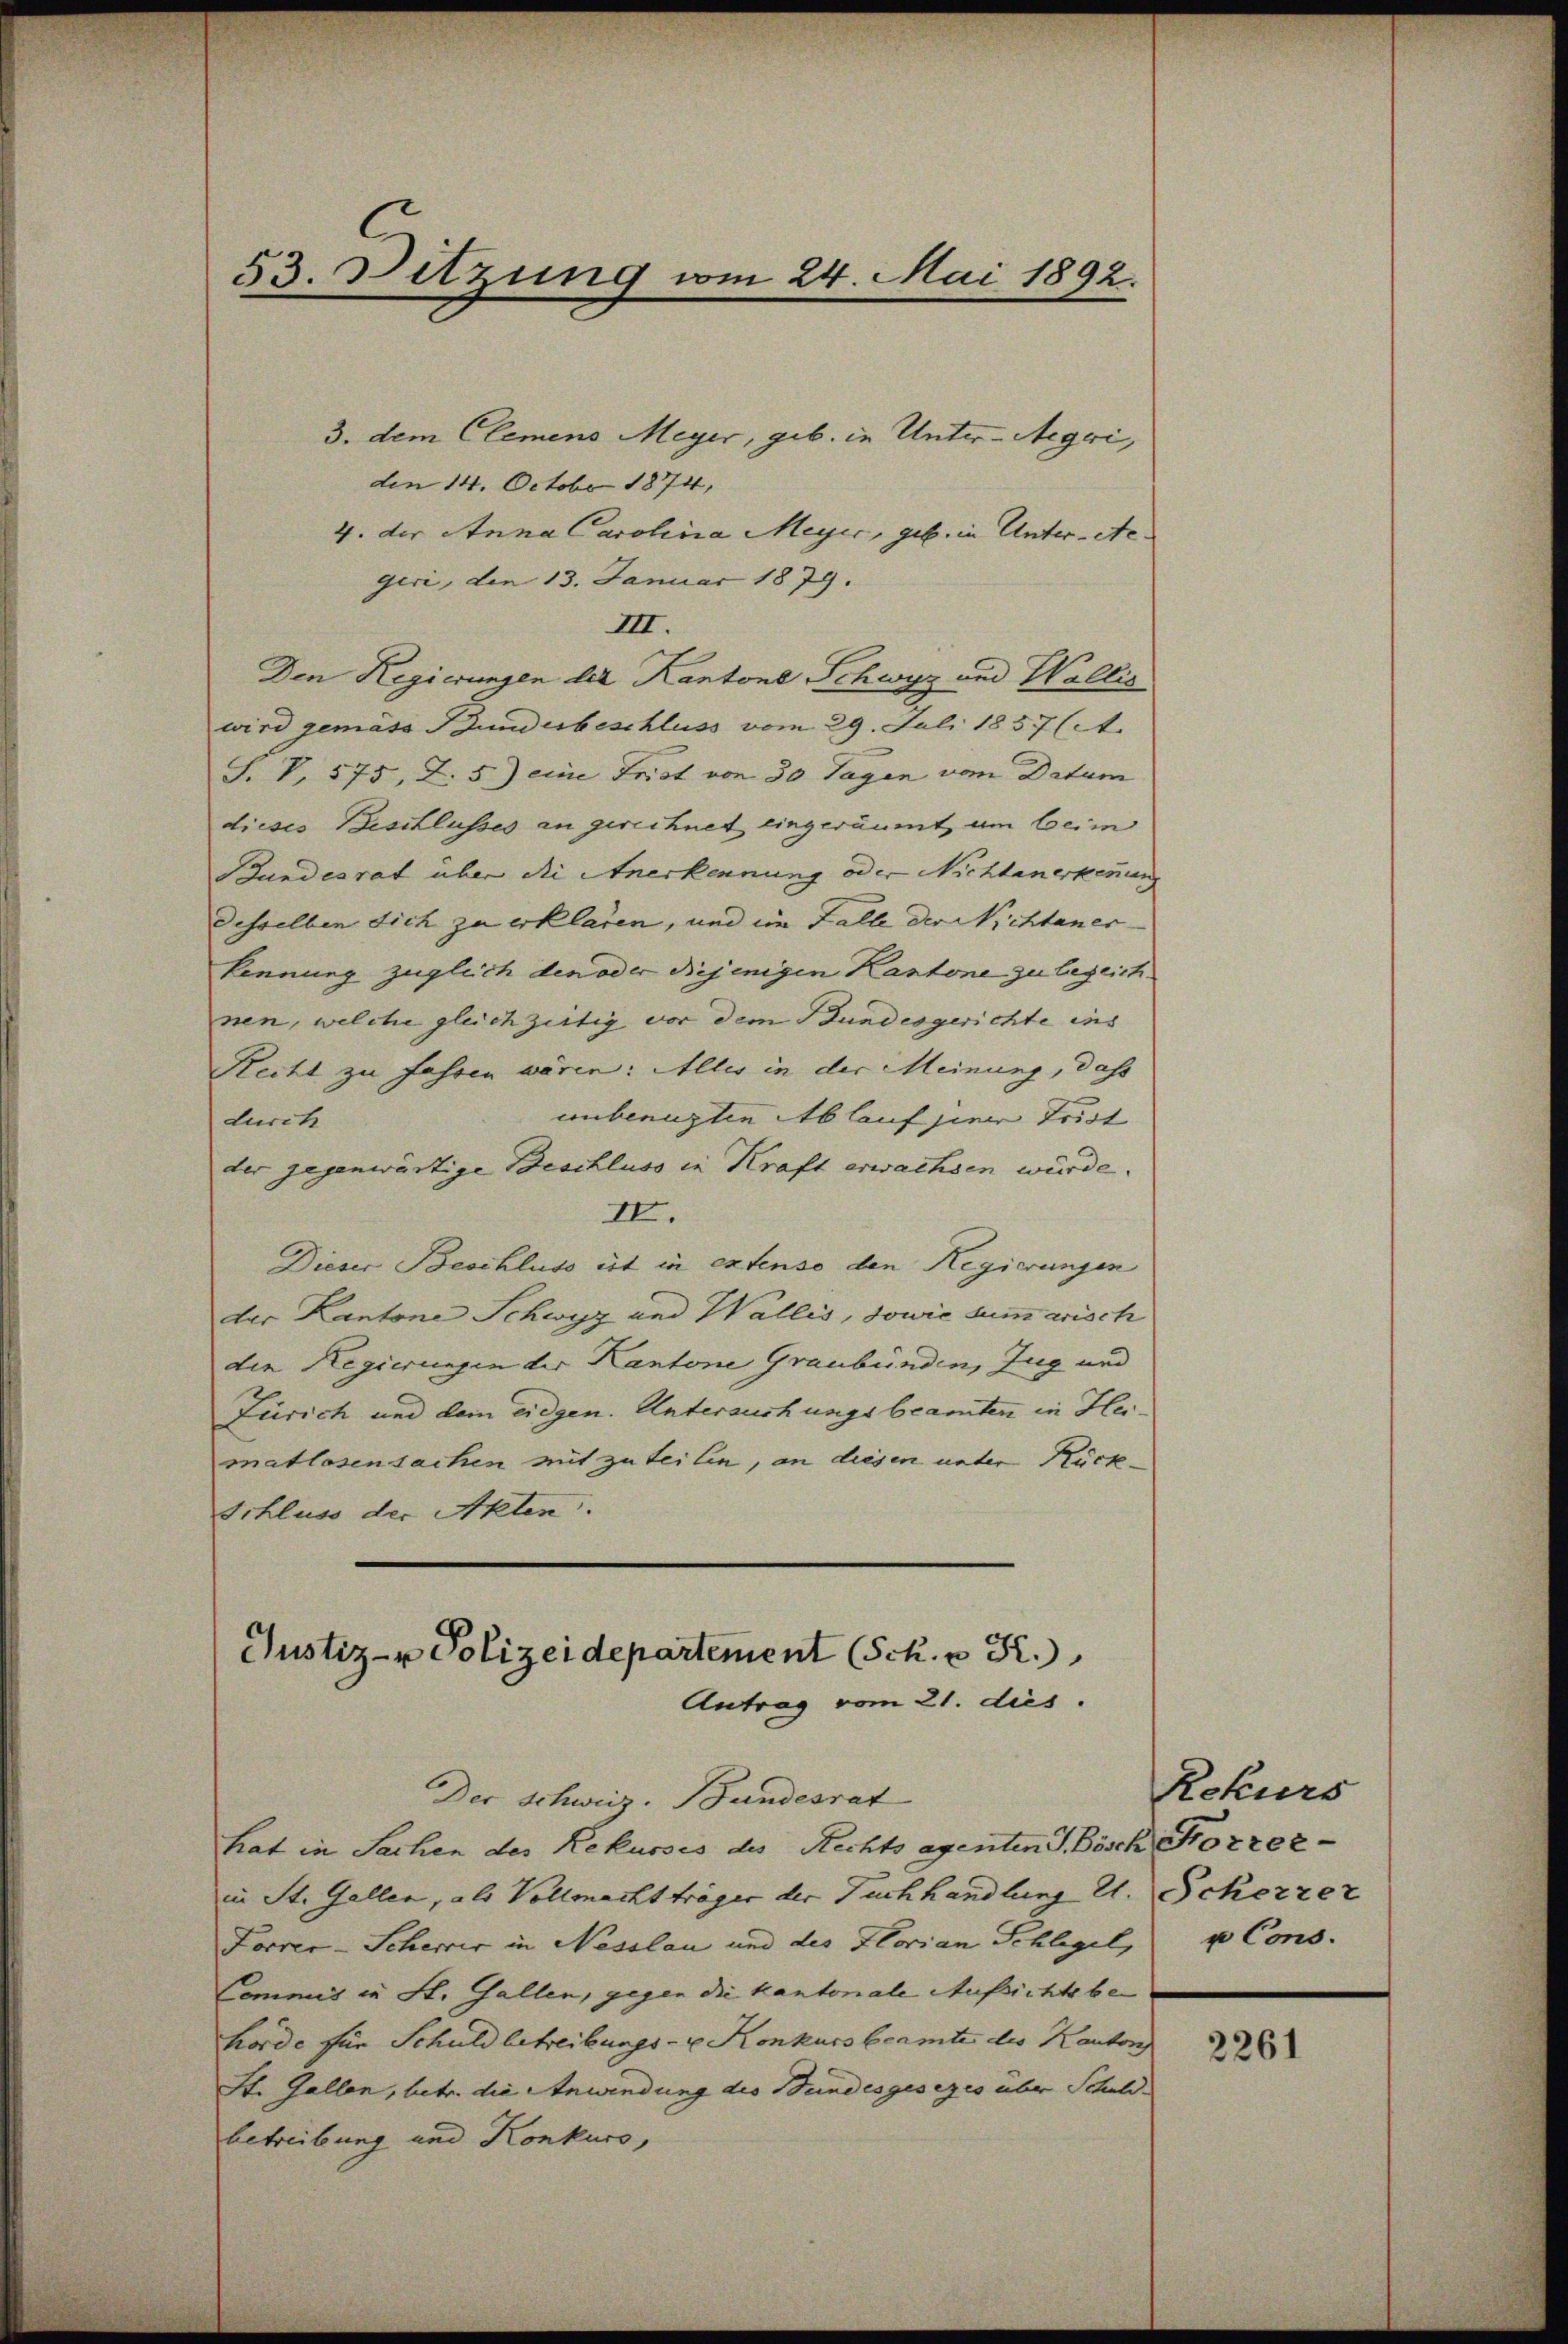
53. Sitzung vom 24. Mai 1892.

3. dem Clemens Meyer, geb. in Unter-Aegi,
den 14. October 1874,
4. der Anna Carolina Meyer, geb. in Unter-Ste
geri, den 13. Januar 1879.
III.
Den Regierungen der Kantone Schwyz und Wallis
wird gemäss Bundesbeschluss vom 29. Juli 1857 (4.
J. V. 575, Z. 5) eine Frist von 30 Tagen vom Datum
dieses Beschlusses an gerechnet eingeräumt, um beim
Bundesrat über die Anerkennung oder Nichtanerkennung
desselben sich zu erklären, und im Falle der Nichtaner-
kennung zugleich den oder diejenigen Kantone zu bezeichnen, welche gleichzeitig vor dem Bundesgerichte ins
Recht zu fahren wären: Alles in der Meinung, dass
unbenuzten Ablauf jene Frist
durch
der gegenwärtige Beschluss in Kraft erwachsen würde.
IV.
Dieser Beschluss ist in extenso den Regierungen
der Kantone Schwyz und Wallis, sowie summarisch
den Regierungen der Kantone Graubünden, Zug und
Zürich und dem eidgen. Untersuchungsbeamten in Heimatlosensachen mit zuteilen, an diesen unter Rück-
Schluss der Akten.
Der Schweiz. Bundesrat
hat in Sachen des Rekurses des Rechts agenten S. Bösch Korrer-
in St. Gallen, als Vollmacht träger der Tuchhandlung l. Scherzer
Lorrer-Scherer in Nasslau und des Florian Schlegel,
Commis in St. Gallen, gegen die kantonale Aufsichts be-
hörde für Schuld betreibungs- u. Konkursbeamte des Kanton
St. Gallen, betr. die Anwendung des Bundesgesezes über Schuld
betreibung und Konkurs,

Justiz- & Polizeidepartement (Sch. v. R.
Antrag vom 21. dies

Rekurs
u Cons.

2261